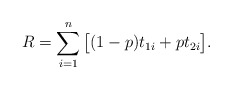
\begin{align*} R=\sum \limits_{i=1}^{n}\big[(1-p)t_{1i}+pt_{2i}\big]. \end{align*}